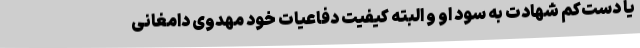
یا دست‌کم شهادت به سود او و البته کیفیت دفاعیات خود مهدوی دامغانی